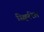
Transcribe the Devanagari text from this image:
स्क्विरिल